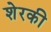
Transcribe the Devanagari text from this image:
शेरकी